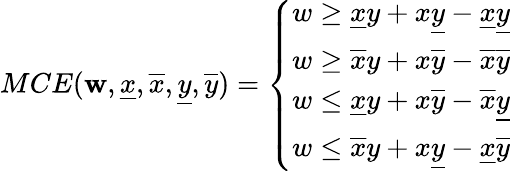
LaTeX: MCE(\mathbf{w},\underline{{{x}}},\overline{{{x}}},\underline{{{y}}},\overline{{{y}}})=\left\{ \begin{array}{ll}{w\ge\underline{{x}}y+x\underline{{y}}-\underline{{x}}\underline{{y}}}\\ {w\ge\overline{{x}}y+x\overline{{y}}-\overline{{x}}\overline{{y}}}\\ {w\le\underline{{x}}y+x\overline{{y}}-\overline{{x}}\underline{{y}}}\\ {w\le\overline{{x}}y+x\underline{{y}}-\underline{{x}}\overline{{y}}}\end{array}\right.